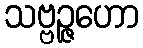
သဗ္ဗဉ္ဇဟော